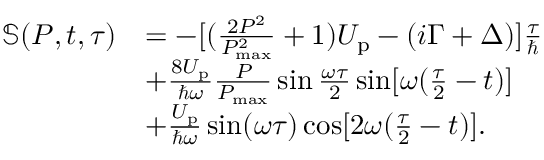
\begin{array} { r l } { \mathbb { S } ( P , t , \tau ) } & { = - [ ( \frac { 2 P ^ { 2 } } { P _ { \mathrm { m a x } } ^ { 2 } } + 1 ) U _ { \mathrm { p } } - ( i \Gamma + \Delta ) ] \frac { \tau } { \hbar } } \\ & { + \frac { 8 U _ { \mathrm { p } } } { \hbar \omega } \frac { P } { P _ { \mathrm { m a x } } } \sin \frac { \omega \tau } { 2 } \sin [ \omega ( \frac { \tau } { 2 } - t ) ] } \\ & { + \frac { U _ { \mathrm { p } } } { \hbar \omega } \sin ( \omega \tau ) \cos [ 2 \omega ( \frac { \tau } { 2 } - t ) ] . } \end{array}